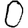
Digit: 0